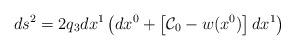
LaTeX: \begin{align*}ds^2=2q_3dx^1\left( dx^0 + \left[ {\cal{C}}_0-w(x^0)\right]dx^1\right)\end{align*}